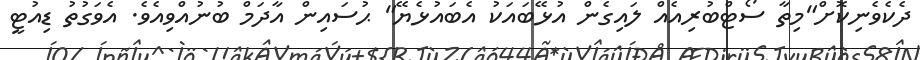
ދެކެވެނިކޮށް"މިތާ ސޯޓްބުރިއެއް ލައިގެން އުޅޭބައަކު އެބައުޅެޔޭ" ޙުސައިން އާދަމް ބުނުއްވިއެވެ. އެވަގުތު ޑިއުޓީ